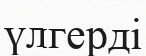
үлгерді